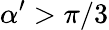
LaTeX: \alpha^{\prime}>\pi/3